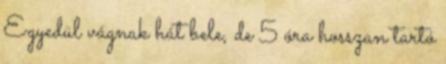
Egyedül vágnak hát bele, de 5 óra hosszan tartó